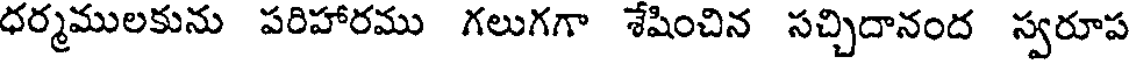
ధర్మములకును పరిహారము గలుగగా శేషించిన సచ్చిదానంద స్వరూప